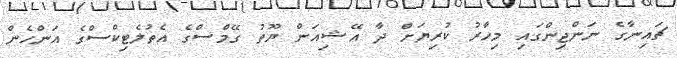
ޗައިނާގެ ނަންޖިންގައި މިހާރު ކުރިޔަށް ދާ އޭޝިއަން ޔޫތު ގޭމްސްގެ އެތުލެޓިކްސްގެ އަންހެން